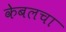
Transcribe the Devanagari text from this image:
केबलचा